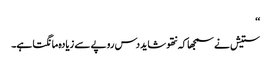
‘‘
ستیش نے سمجھا کہ نتھو شاید دس روپے سے زیادہ مانگتا ہے۔